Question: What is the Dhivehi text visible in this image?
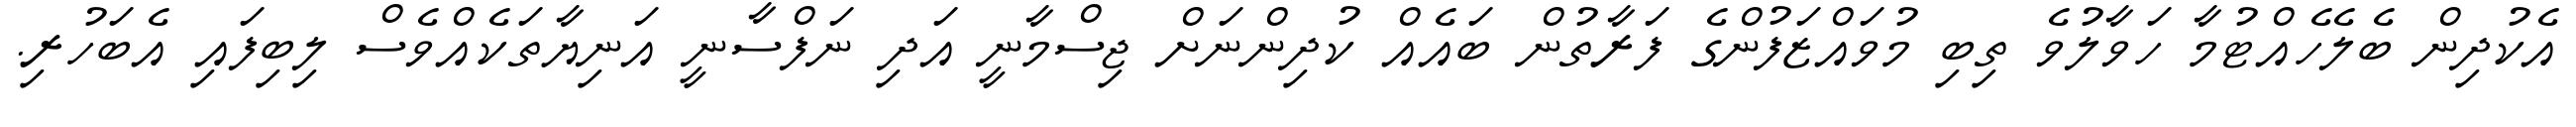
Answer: އެކުދިން ބެލެހެއްޓުމާ ހަވާލުވެ ތިބި މުވައްޒަފުންގެ ފަރާތުން ބައެއް ކުދިންނަށް ޖިސްމާނީ އަދި ނަފްސާނީ އަނިޔާތަކެއްވެސް ލިބިފައި އެބަހުރި.